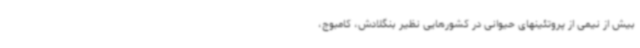
بیش از نیمی از پروتئینهای حیوانی در کشورهایی نظیر بنگلادش، کامبوج،